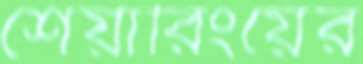
শেয়ারিংয়ের